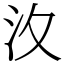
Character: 汷